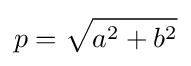
p={\sqrt {a^{2}+b^{2}}}